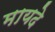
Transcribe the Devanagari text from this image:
मायदे